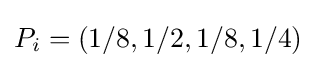
P_{i}=(1/8,1/2,1/8,1/4)